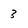
Character: 3